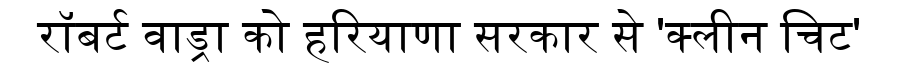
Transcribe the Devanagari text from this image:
रॉबर्ट वाड्रा को हरियाणा सरकार से 'क्लीन चिट'